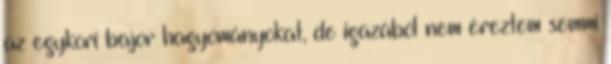
az egykori bajor hagyományokat, de igazából nem éreztem semmi